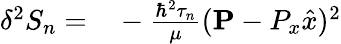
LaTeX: \begin{array}{rl}{\delta^{2}S_{n}=}&{{}-\frac{\hbar^{2}\tau_{n}}{\mu}({\mathbf P}-P_{x}\hat{x})^{2}}\end{array}